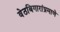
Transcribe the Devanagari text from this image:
वेठबिगारांप्रमाणे